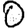
Digit: 0